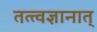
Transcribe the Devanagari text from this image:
तत्त्वज्ञानात्